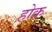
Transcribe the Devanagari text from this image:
होक्र